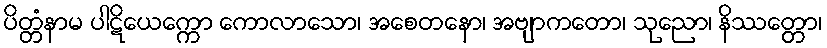
ပိတ္တံနာမ ပါဋိယေက္ကော ကောလာသော၊ အစေတနော၊ အဗျာကတော၊ သုညော၊ နိဿတ္တော၊